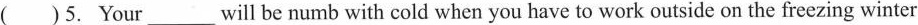
( )5. Your___ will be numb with cold when you have to work outside on the freezing winter